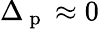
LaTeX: \Delta_{\mathrm{~p~}}\approx 0